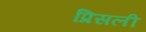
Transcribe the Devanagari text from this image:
प्रिसली